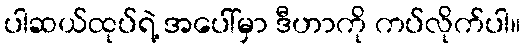
ပါဆယ်ထုပ်ရဲ့ အပေါ်မှာ ဒီဟာကို ကပ်လိုက်ပါ။